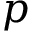
p